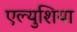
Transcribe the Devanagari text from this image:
एल्युशिया